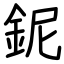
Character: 鈮